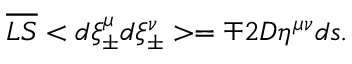
\overline { { { L S } } } < d \xi _ { \pm } ^ { \mu } d \xi _ { \pm } ^ { \nu } > = \mp 2 { \cal D } \eta ^ { \mu \nu } d s .